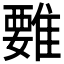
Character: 𩀄